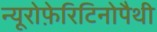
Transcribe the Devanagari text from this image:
न्यूरोफ़ेरिटिनोपैथी